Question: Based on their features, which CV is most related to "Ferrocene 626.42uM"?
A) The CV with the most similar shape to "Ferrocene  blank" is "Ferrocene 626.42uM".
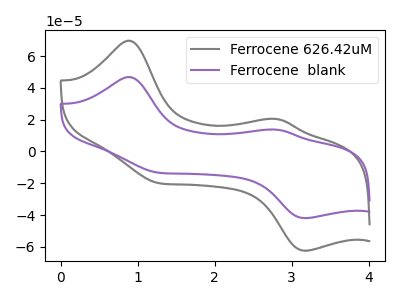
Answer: <think>The gray curve "Ferrocene 626.42uM" has anodic peaks at (0.85V, 69.65uA) (2.80V, 20.45uA) and cathodic peaks at (1.25V, -19.65uA) (3.20V, -62.45uA). The purple curve "Ferrocene  blank" has anodic peaks at (0.85V, 46.80uA) (2.80V, 13.75uA) and cathodic peaks at (1.25V, -13.20uA) (3.20V, -41.95uA).
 All the peaks in "Ferrocene 626.42uM" have a peak in "Ferrocene  blank" at the same potential. Every peak in "Ferrocene 626.42uM" is higher than every peak in "Ferrocene  blank".</think>
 <answer>A) The CV with the most similar shape to "Ferrocene  blank" is "Ferrocene 626.42uM".</answer>
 <eval>A</eval>